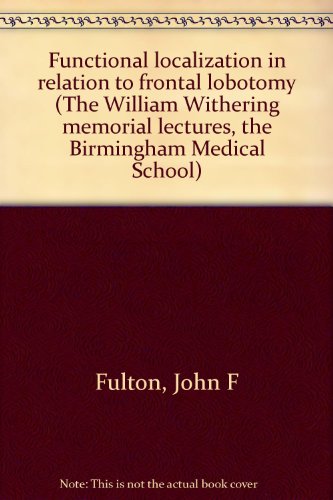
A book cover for Functional localization in relation to frontal lobotomy (The William Withering memorial lectures, the Birmingham Medical School); John F Fulton; Education & Teaching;